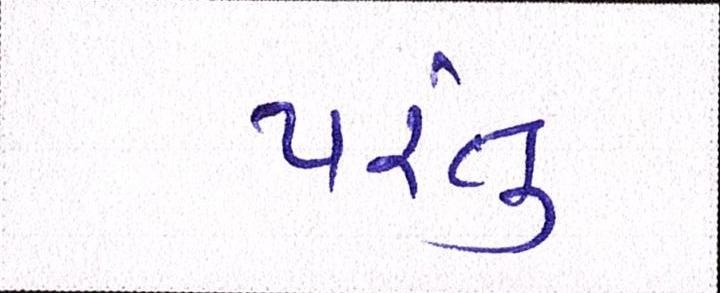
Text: પંરતુ